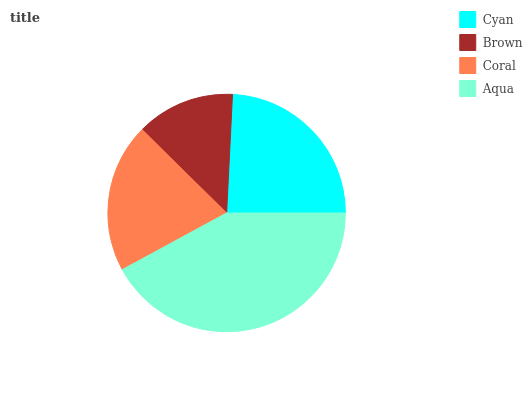
| Cyan | Brown | Coral | Aqua |
 | --- | --- | --- | --- |
 | 24.2% | 13.4% | 20.4% | 42% |